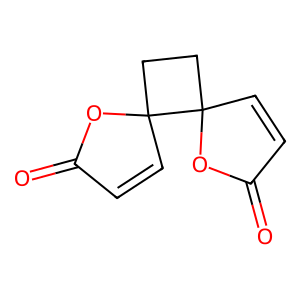
SMILES: O=C1C=CC2(CCC23C=CC(=O)O3)O1
Inhibits HIV replication: No